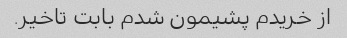
از خریدم پشیمون شدم بابت تاخیر.